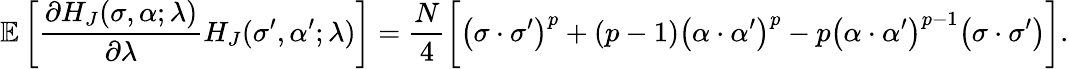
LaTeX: \mathbb{E}\left[\frac{\partial H_{J}(\sigma,\alpha;\lambda)}{\partial\lambda}H_{J}(\sigma^{\prime},\alpha^{\prime};\lambda)\right]=\frac{N}{4}\bigg[\big(\sigma\cdot\sigma^{\prime}\big)^{p}+(p-1)\big(\alpha\cdot\alpha^{\prime}\big)^{p}-p\big(\alpha\cdot\alpha^{\prime}\big)^{p-1}\big(\sigma\cdot\sigma^{\prime}\big)\bigg].